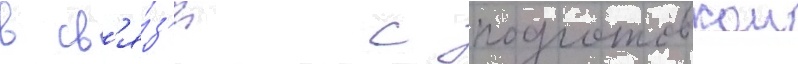
в св'я́з'и с подготовкои